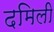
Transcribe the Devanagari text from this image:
दमिली